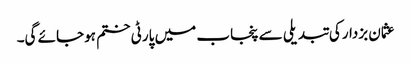
عثمان بزدارکی تبدیلی سے پنجاب میں پارٹی ختم ہوجائے گی۔